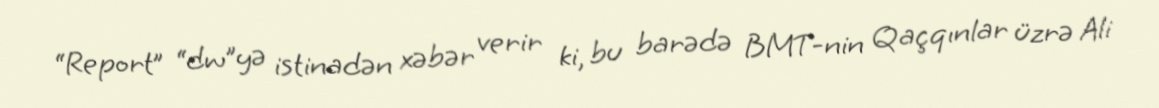
“Report” “dw”yə istinadən xəbər verir ki, bu barədə BMT-nin Qaçqınlar üzrə Ali